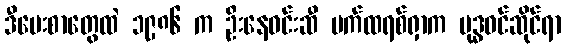
ဒီပေးစာတွေထဲ ၁၉၈၆ က ဦးနေဝင်းဆီ ပက်ထရစ်ရှာက ဗုဒ္ဓဝင်ဆိုင်ရာ